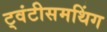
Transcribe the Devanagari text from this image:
ट्वंटीसमथिंग